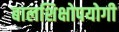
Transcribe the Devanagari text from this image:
बालशिक्षोपयोगी